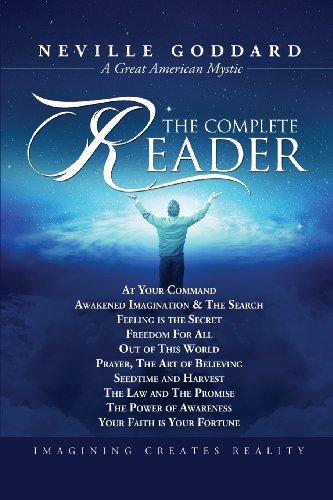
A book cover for Neville Goddard: The Complete Reader; Neville Goddard; Religion & Spirituality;